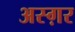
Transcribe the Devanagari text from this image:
अस्ग़र